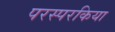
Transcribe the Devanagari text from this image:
परस्परकिया